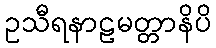
ဥသီရနာဠမတ္တာနိပိ